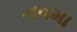
નવમા